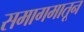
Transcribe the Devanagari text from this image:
समागमातून